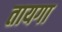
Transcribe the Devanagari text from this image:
तायगा